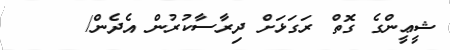
ޝީޢީންގެ ގޮތް ރަގަޅަށް ދިރާސާކުރުން އެދެން/